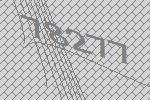
78277